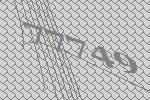
77749